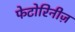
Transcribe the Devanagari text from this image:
फेटोरिनीज़